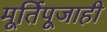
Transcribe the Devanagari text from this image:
मूर्तिपूजाही